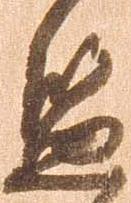
監